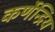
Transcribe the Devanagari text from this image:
कर्णेन्द्रिय